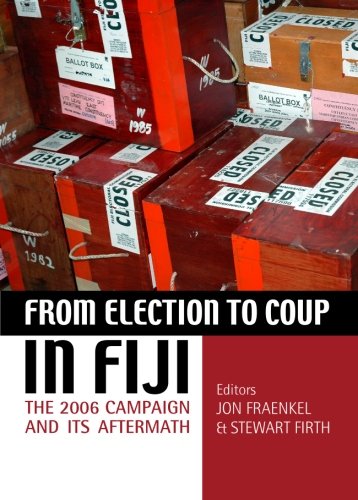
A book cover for From election to coup in Fiji: The 2006 campaign and its aftermath; Jon Fraenkal; History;